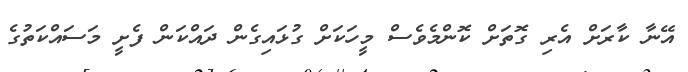
އޭނާ ކާރަށް އެރި ގޮތަށް ކޮންމެވެސް މީހަކަށް ގުޅައިގެން ދައްކަން ފެށީ މަސައްކަތުގެ